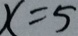
x = 5